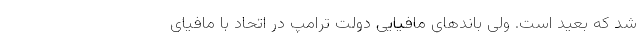
شد که بعید است. ولی باندهای مافیایی دولت ترامپ در اتحاد با مافیای